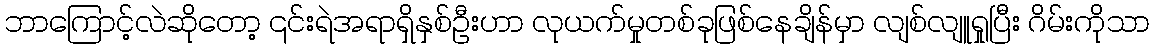
ဘာကြောင့်လဲဆိုတော့ ၎င်းရဲအရာရှိနှစ်ဦးဟာ လုယက်မှုတစ်ခုဖြစ်နေချိန်မှာ လျစ်လျူရှုပြီး ဂိမ်းကိုသာ